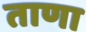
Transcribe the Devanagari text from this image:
ताणा